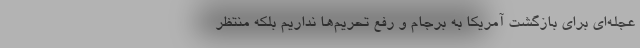
عجله‌ای برای بازگشت آمریکا به برجام و رفع تحریم‌ها نداریم بلکه منتظر